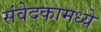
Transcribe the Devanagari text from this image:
संवेदकामध्ये